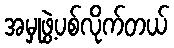
အမှုဖွဲ့ပစ်လိုက်တယ်